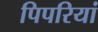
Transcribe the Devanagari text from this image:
पिपरियां